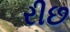
રીછ